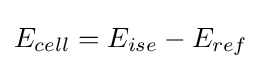
E_{cell}=E_{ise}-E_{ref}